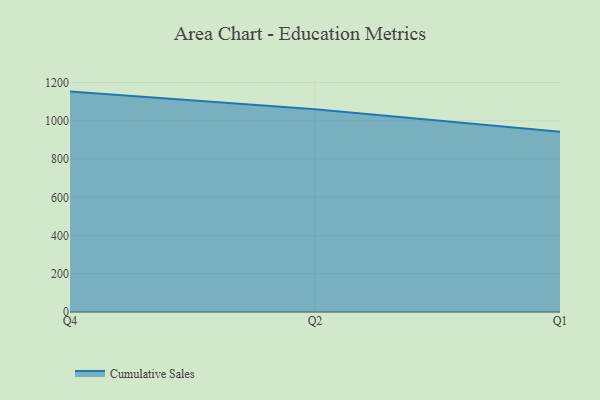
{"axis": {"x": "Quarter", "y": "Customer Acquisition Cost (USD)"}, "legend": ["Cumulative Sales"], "data": [{"x": "Q4", "y": 1153.0, "type": "Cumulative Sales"}, {"x": "Q2", "y": 1060.4, "type": "Cumulative Sales"}, {"x": "Q1", "y": 943.0, "type": "Cumulative Sales"}]}